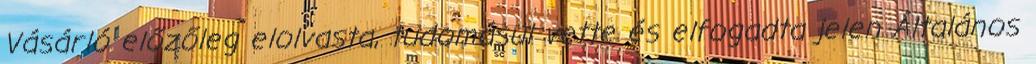
Vásárló előzőleg elolvasta, tudomásul vette és elfogadta jelen Általános